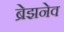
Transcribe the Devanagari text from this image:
ब्रेझनेव